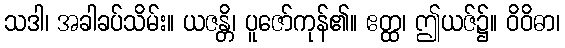
သဒါ၊ အခါခပ်သိမ်း။ ယဇန္တိ၊ ပူဇော်ကုန်၏။ ဧတ္ထ၊ ဤယဇ်၌။ ဝိဝိဓာ၊